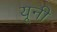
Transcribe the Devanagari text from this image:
यूनी